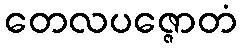
တေလပဇ္ဇောတံ